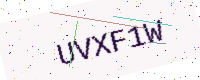
Text: UVXF1W